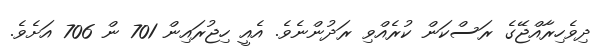
ދިވެހިރާއްޖޭގެ ރަސްކަން ކުރެއްވި ރަދުންނެވެ. އެއީ ހިޖުރައިން 701 ން 706 އަށެވެ.